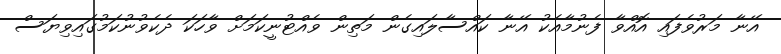
އޭނާ މަރުވެފައި އޮއްވާ ފެނުމާއެކު އޭނާ ކައްސާލައިގެން މަތިން ވެއްޓުނީކަމަށް ވާހަކަ ދެކެވުނުކަމުގައިވިޔަސް